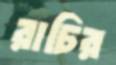
রাচির